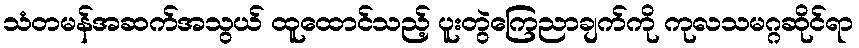
သံတမန်အဆက်အသွယ် ထူထောင်သည့် ပူးတွဲကြေညာချက်ကို ကုလသမဂ္ဂဆိုင်ရာ